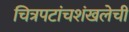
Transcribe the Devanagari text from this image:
चित्रपटांचशंखलेची